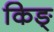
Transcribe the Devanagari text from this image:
किङ्